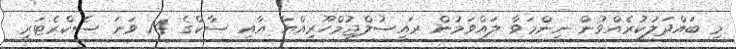
މި ބައްދަލުކުރެއްވުން ނިންމަވާ ލައްވަމުން ރައީސުލްޖުމްހޫރިއްޔާ އާއި ސާކްގެ 14 ވަނަ ސެކްރެޓަރީ